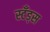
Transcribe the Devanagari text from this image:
स्टँड्स